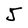
Character: J